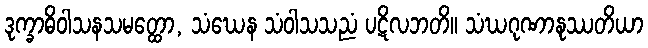
ဒုက္ခာဓိဝါသနသမတ္ထော, သံဃေန သံဝါသသညံ ပဋိလဘတိ။ သံဃဂုဏာနုဿတိယာ